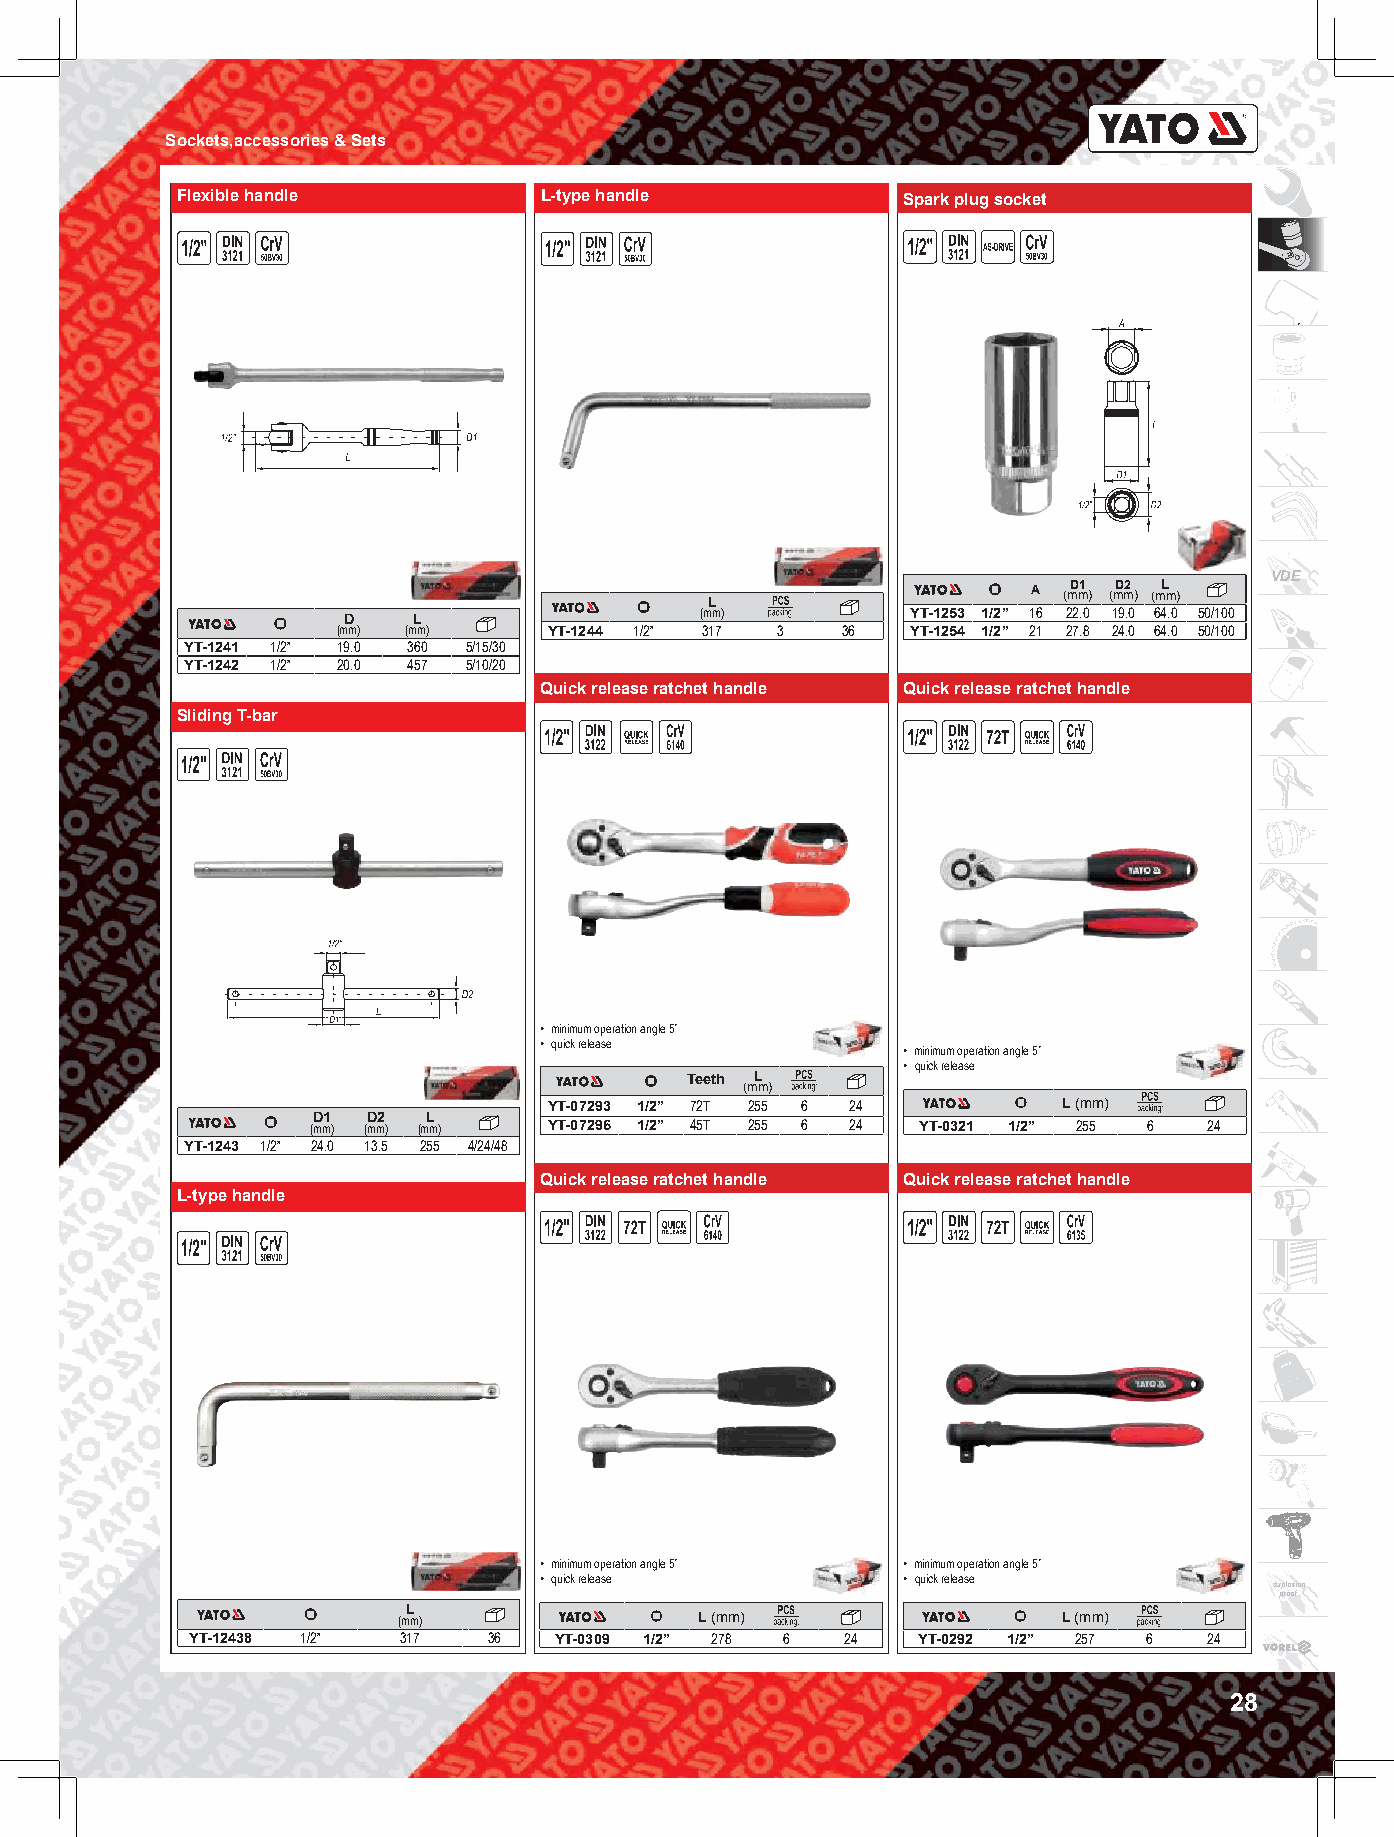
Sockets,accessories & Sets
 Flexible handle         L-type handle           Spark plug socket
 VDE
 A (mD m1 ) (mD m2 ) (mL m)
 L
 D   L                  (mm)          YT-1253 1/2” 16 22.0 19.0 64.0 50/100
 (mm) (mm)     YT-1244 1/2” 317 3  36  YT-1254 1/2” 21 27.8 24.0 64.0 50/100
 YT-1241 1/2” 19.0 360 5/15/30
 YT-1242 1/2” 20.0 457 5/10/20
 Quick release ratchet handle Quick release ratchet handle
 Sliding T-bar
 • minimum operation angle 5˚
 • quick release
 • minimum operation angle 5˚
 • quick release
 Teeth L
 (mm)
 YT-07293 1/2” 72T 255 6 24        L (mm)
 D1 D2  L
 (mm) (mm) (mm) YT-07296 1/2” 45T 255 6 24 YT-0321 1/2” 255 6 24
 YT-1243 1/2” 24.0 13.5 255 4/24/48
 Quick release ratchet handle Quick release ratchet handle
 L-type handle
 • minimum operation angle 5˚ • minimum operation angle 5˚
 • quick release         • quick release
 explosion
 proof
 L
 (mm)                L (mm)                  L (mm)
 YT-12438 1/2” 317  36   YT-0309 1/2” 278 6 24   YT-0292 1/2” 257 6 24
 28